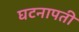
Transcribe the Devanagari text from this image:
घटनापती